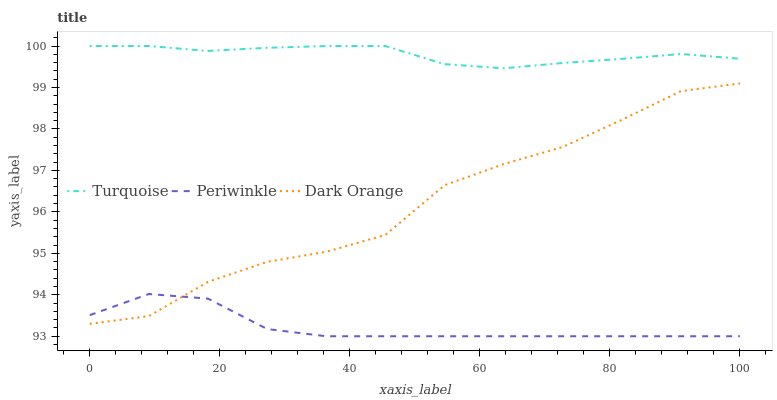
| xaxis_label | Turquoise | Periwinkle | Dark Orange |
 | --- | --- | --- | --- |
 | 0 | 100 | 93.5 | 93.3 |
 | 9.09 | 100 | 94 | 93.5 |
 | 18.2 | 99.9 | 93.9 | 94.3 |
 | 27.3 | 100 | 93.2 | 94.8 |
 | 36.4 | 100 | 93 | 95 |
 | 45.5 | 100 | 93 | 95.4 |
 | 54.5 | 99.6 | 93 | 96.6 |
 | 63.6 | 99.5 | 93 | 97.2 |
 | 72.7 | 99.6 | 93 | 97.6 |
 | 81.8 | 99.7 | 93 | 98.2 |
 | 90.9 | 99.8 | 93 | 98.9 |
 | 100 | 99.7 | 93 | 99.1 |